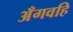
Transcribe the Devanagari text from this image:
अँगवहि